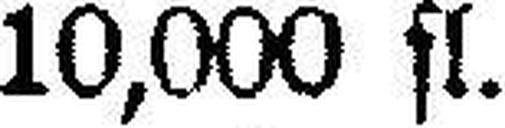
10,000 fl.